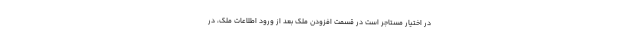
در اختیار مستاجر است در قسمت افزودن ملک بعد از ورود اطلاعات ملک، در